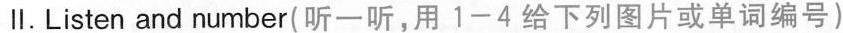
Ⅱ.Listen and number(听一听,用 1-4 给下列图片或单词编号)